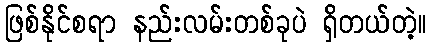
ဖြစ်နိုင်စရာ နည်းလမ်းတစ်ခုပဲ ရှိတယ်တဲ့။